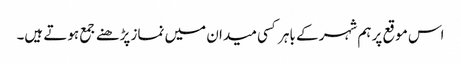
اس موقع پر ہم شہر کے باہر کسی میدان میں نماز پڑھنے جمع ہوتے ہیں۔